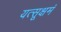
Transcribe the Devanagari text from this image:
यत्सूक्षमं